Annual administration and progress report of the Indian Medical Department, Bombay
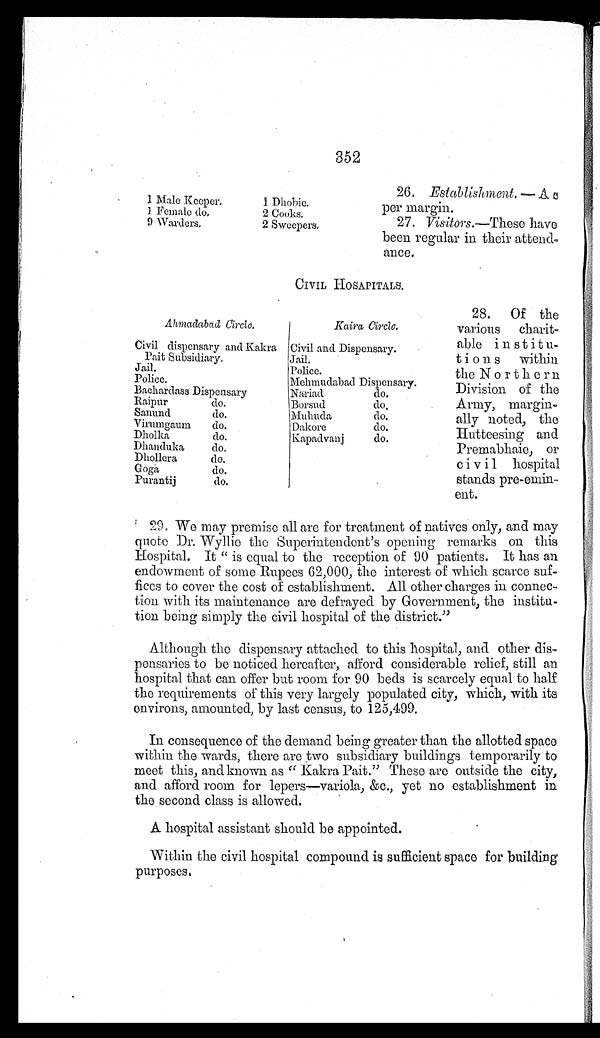
.1 Male Keeper.
1. Female do,
9 'Warders,
Dhobie.
2 Cooks.
2 Sweepers,
352
26. Establishment.
A e
por margin.
27. Visitors.—'.These have
been regular in their attend
once.
CIVIL HOSAPITALS.
Ahmadabad Circle.
Kaira Circle,
Civil dispensary and Kakra
Civil and Dispensary.
Pait Subsidiary.
Jail.
Jail.
Police.
Police.
Mehmudabad Dispensary.
Bachardass Dispensary
naiad
do.
Raipur
do.
Borsud
do.
Sanund
do.
Muhuda
do,
Virumgaum
do.
Dakore
do.
Dholka
do.
Kapadvanj
do.
Dhanduka
do.
Dhollera
do,
Gogh,
do.
Purantij
do.
28. Of the
various charit-
able institu-
tion s within
the Northern
Division of the
Army, margin-
ally noted, the
Hutteesing and
Premabhaie, or
civil hospital
stands pre-emin-
ent.
' 29. We may premise all are for treatment of natives only, and may
quote Dr. Wyllie the Superintendent's opening remarks on this
Hospital. It " is equal to the reception of 90 patients. It has an
endowment of some Rupees 62,000, the interest of which scarce suf-
fices to cover the cost of establishment, X11 other charges in connec-
tion with its maintenance are defrayed by Government, the institu-
tion being simply the civil hospital of the district,"
Although the dispensary attached to this hospital, and other dis-
pensaries to be noticed hereafter, afford considerable relief, still an
hospital that can offer but room for 90 beds is scarcely equal to half
the requirements of this very largely populated city, which, with its
environs, amounted, by last census, to 125,499.
In consequence of the demand being greater than the allotted space
within the wards, there are two subsidiary buildings temporarily to
meet this, and known as " Kakra Pait." These are outside the city,
and afford room for lepers—variola, &c., yet no establishment in
the second class is allowed.
A hospital assistant should be appointed.
Within the civil hospital compound is sufficient space for building
purposes.